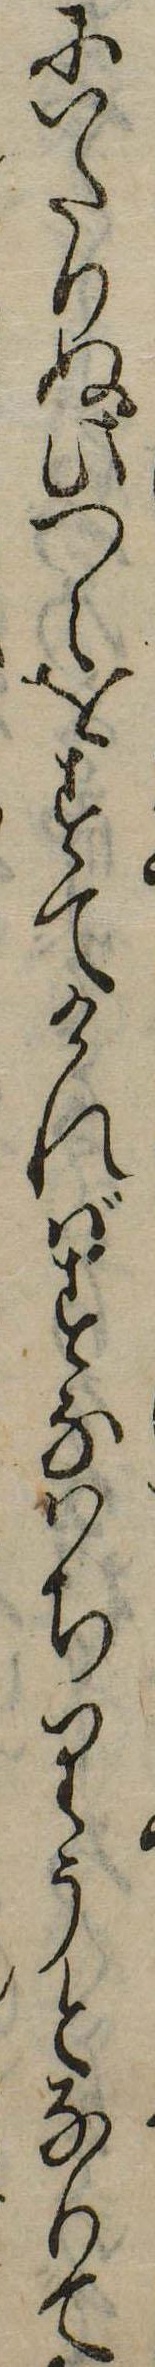
にいたりぬ此つえをすてければすなはちりうとなりて